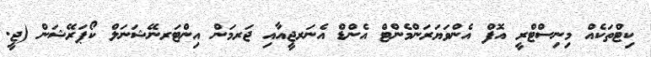
ކިޓްތަކެއް މިނިސްޓްރީ އޮފް އެންވަޔަރަންމެންޓް އެންޑް އެނަރޖީއާއި ޖަރމަން އިންޓަރނޭޝަނަލް ކޯޕަރޭޝަން (ޖީ.